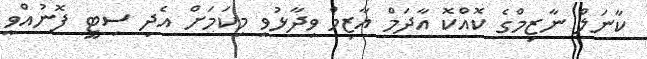
ކާނަލް ނާޒިމްގެ ކޮއްކޮ އާދަމް އާޒިމް ވިދާޅުވީ މިކަމަށް އެދި ސިޓީ ފޮނުއްވީ